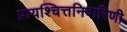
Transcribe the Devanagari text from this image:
प्रायश्चित्तनिवारिणी